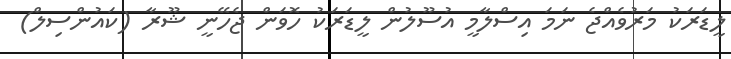
ލީޑަރަކު މަރުވެއްޖެ ނަމަ އިސްލާމީ އުސޫލުން ލީޑަރަކު ހޮވަން ޖެހޭނީ ޝޫރާ (ކައުންސިލް)